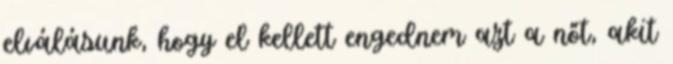
elválásunk, hogy el kellett engednem azt a nőt, akit